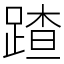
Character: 蹅